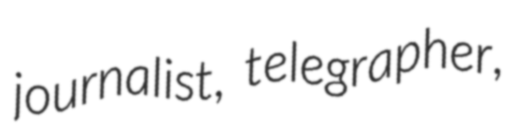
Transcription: journalist, telegrapher,